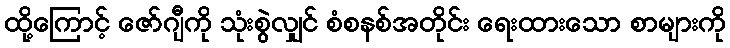
ထို့ကြောင့် ဇော်ဂျီကို သုံးစွဲလျှင် စံစနစ်အတိုင်း ရေးထားသော စာများကို